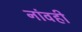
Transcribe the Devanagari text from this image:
नांवही